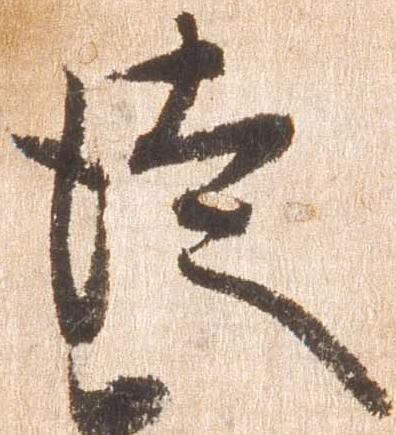
徒